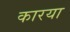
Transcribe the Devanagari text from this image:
कारया